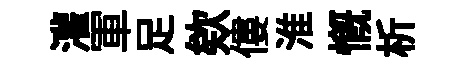
灌軍足欸僂淮慨析